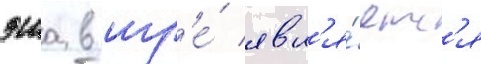
эша в игр'е́ явл'я́етс'я